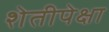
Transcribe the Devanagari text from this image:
शेतीपेक्षा